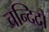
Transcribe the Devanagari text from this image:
चन्दिदो